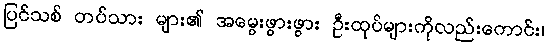
ပြင်သစ် တပ်သား များ၏ အမွေးဖွားဖွား ဦးထုပ်များကိုလည်းကောင်း၊